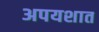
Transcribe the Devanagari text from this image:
अपयशात